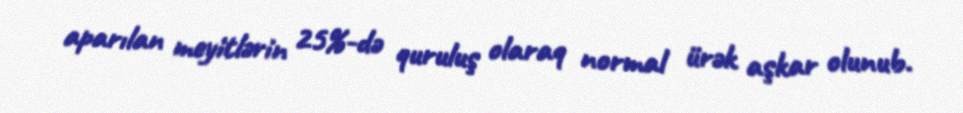
aparılan meyitlərin 25%-də quruluş olaraq normal ürək aşkar olunub.